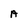
Character: A